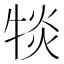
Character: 𪺯